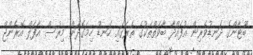
ބޫޓާންގެ ދަނޑުވެރިން އުފައްދާ ބާވަތްތަކުގެ ތެރޭގައި ހަނޑޫ ހިމަގޮދަން މިރުސް އާފަލް އޮރެންޖް